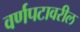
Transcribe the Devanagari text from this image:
वर्णपटावरील